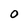
Character: O